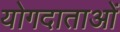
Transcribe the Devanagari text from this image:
योगदाताओं